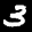
Label: 3